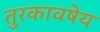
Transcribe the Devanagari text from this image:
तुरकावषेय